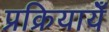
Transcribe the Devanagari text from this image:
प्रक्रियायेँ